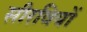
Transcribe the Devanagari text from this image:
सीरवियों